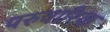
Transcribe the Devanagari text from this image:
परुवारिक